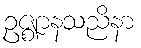
ဥဇ္ဈာနသညိနာ